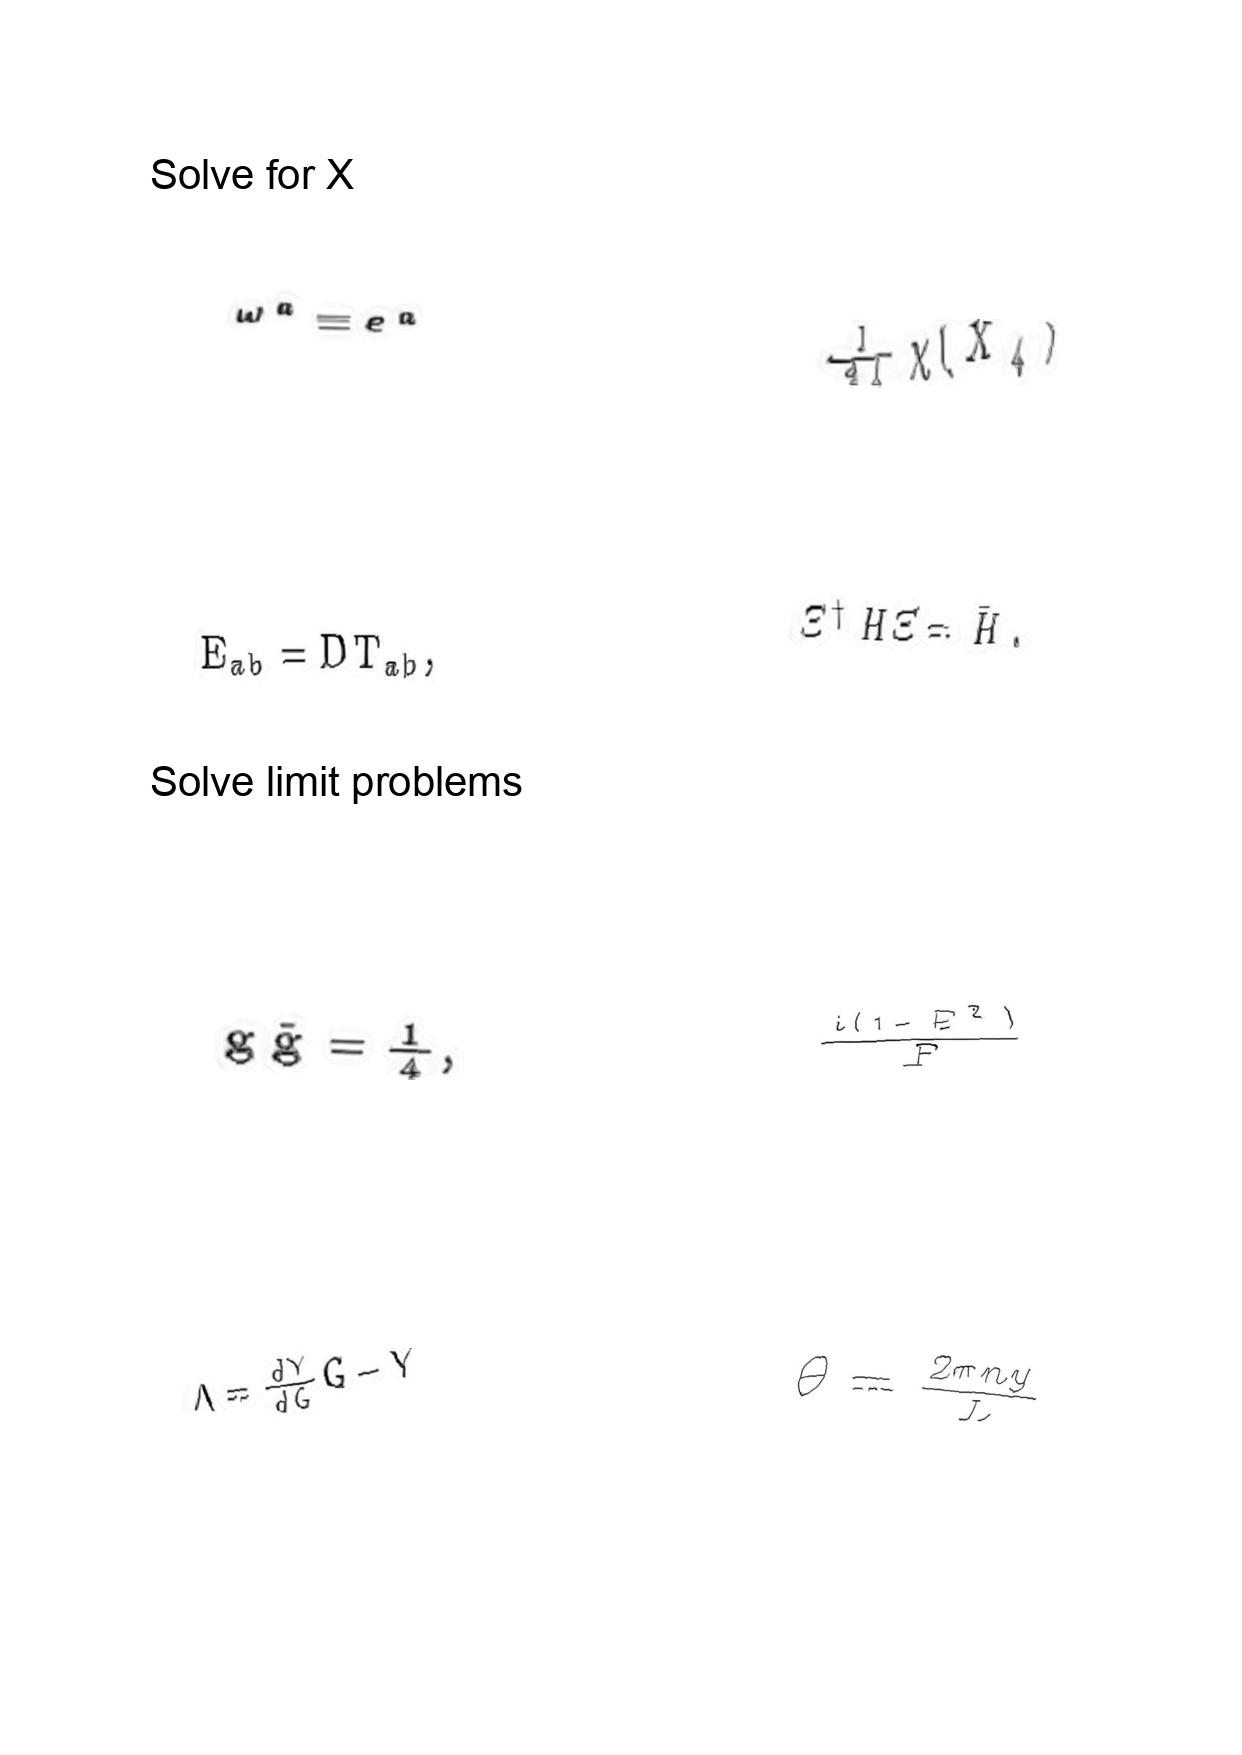
LaTeX transcription:
\omega ^ { a } \equiv e ^ { a }
E _ { a b } = D T _ { a b } ,
g \tilde { g } = \frac { 1 } { 4 } ,
\Lambda = \frac { d Y } { d G } G - Y
\frac { 1 } { 2 4 } \chi \lparen X _ { 4 } \rparen
\Xi ^ { \dagger } H \Xi = \bar { H } .
\frac { i \lparen 1 - E ^ { 2 } \rparen } { F }
\theta = \frac { 2 \pi n y } { L }